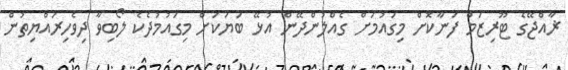
ޜާއްޖޭގެ ޓޫރިޒަމް ފަނާކޮށް މިގައުމަށް ގެއްލުންދޭން އުޅޭ ބަޔަކަށް މިގައުމުދެކެ ލޯބިވާ ދިވެހިރައްޔިތުން